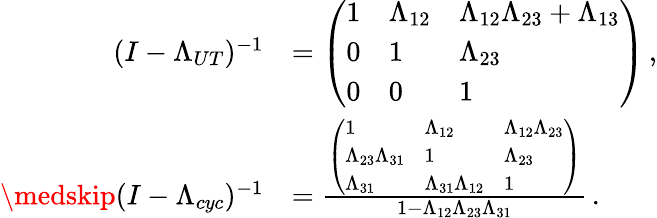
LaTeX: \begin{array}{rl}{(I-\Lambda_{UT})^{-1}}&{=\left(\begin{array}{lll}{1}&{\Lambda_{12}}&{\Lambda_{12}\Lambda_{23}+\Lambda_{13}}\\ {0}&{1}&{\Lambda_{23}}\\ {0}&{0}&{1}\end{array}\right)\, ,}\\ {\medskip(I-\Lambda_{cyc})^{-1}}&{=\frac{\left(\begin{array}{lll}{1}&{\Lambda_{12}}&{\Lambda_{12}\Lambda_{23}}\\ {\Lambda_{23}\Lambda_{31}}&{1}&{\Lambda_{23}}\\ {\Lambda_{31}}&{\Lambda_{31}\Lambda_{12}}&{1}\end{array}\right)}{1-\Lambda_{12}\Lambda_{23}\Lambda_{31}}\, .}\end{array}